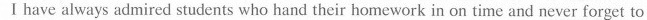
Ⅰ have always admired students who hand their homework in on time and never forget to